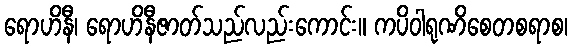
ရောဟိနီ၊ ရောဟိနီဇာတ်သည်လည်းကောင်း။ ကပိဝါရုဏိစေတစရာစ၊